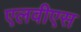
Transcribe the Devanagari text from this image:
एलवीएस